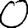
Digit: 0